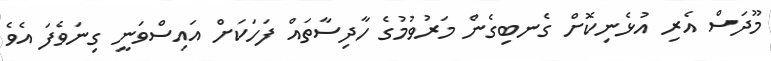
މޫދަސް އެރި އުޅެނިކޮށް ގެނބިގެން މަރުވުމުގެ ހާދިސާތައް ފަހަކަށް އައިސްވަނީ ގިނަވެފަ އެވެ